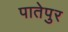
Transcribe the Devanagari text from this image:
पातेपुर